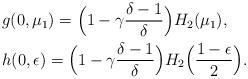
LaTeX: \begin{align*} &g(0,\mu_1) = \Bigl( 1- \gamma\frac{\delta-1}{\delta} \Bigr) H_2 (\mu_1), \\ &h(0,\epsilon) = \Bigl(1-\gamma\frac{\delta-1}{\delta} \Bigr) H_2 \Bigl(\frac{1-\epsilon}{2}\Bigr). \end{align*}